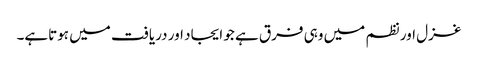
غزل اور نظم میں وہی فرق ہے جو ایجاد اور دریافت میں ہوتاہے۔